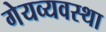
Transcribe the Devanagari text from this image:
गेयव्यवस्था